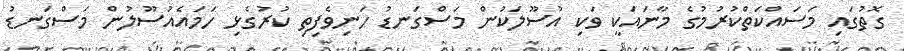
ގޮތުގައި މަސައްކަތްކުރުމުގެ މާނައަކީ ވަކި އުސޫލަކުން މަސްގަނޑު ހަނިވެފިތި ކުރުގެޅި ހަމައެއުސޫލުން މަސްގަނޑު